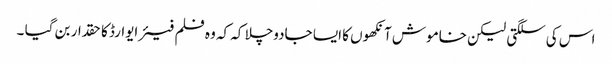
اس کی سلگتی لیکن خاموش آنکھوں کا ایسا جادوچلا کہ کہ وہ فلم فیئر ایوارڈ کا حقدار بن گیا ۔